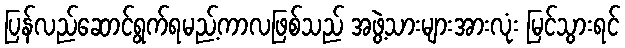
ပြန်လည်ဆောင်ရွက်ရမည့်ကာလဖြစ်သည် အဖွဲ့သားများအားလုံး မြင်သွားရင်